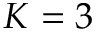
K = 3